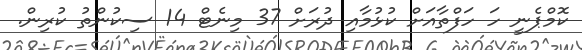
ކޮމްޕެނީ ހަ ހަފްތާއަށް ކުޅުމާއި ދުރަށް 37 މިނެޓް 14 ސިކުންތު ކުރިން.